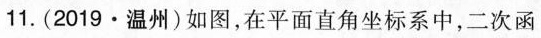
11.(2019·温州)如图，在平面直角坐标系中，二次函